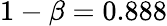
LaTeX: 1-\beta=0.888